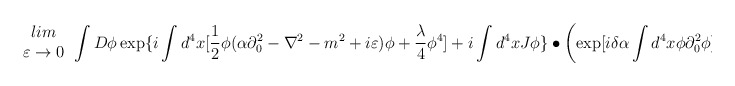
\begin{align*}\begin{array}{c}lim\\\varepsilon \rightarrow 0\end{array}\int D\phi \exp \{i\int d^{4}x[\frac{1}{2}\phi (\alpha \partial ^{2}_{0}-\nabla ^{2}-m^{2}+i\varepsilon )\phi +\frac{\lambda }{4}\phi ^{4}]+i\int d^{4}xJ\phi \}\bullet \left( \exp [i\delta \alpha \int d^{4}x\phi \partial ^{2}_{0}\phi ]-1\right)\end{align*}